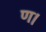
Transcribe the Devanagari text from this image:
ण।